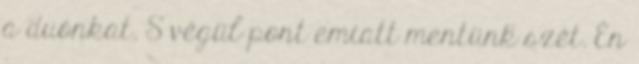
a duónkat. S végül pont emiatt mentünk szét. Én